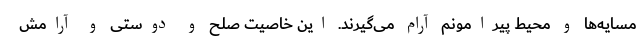
مسایه‌ها و محیط پیرامونم آرام می‌گیرند. این خاصیت صلح و دوستی و آرامش